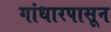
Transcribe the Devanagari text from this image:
गांधारपासून